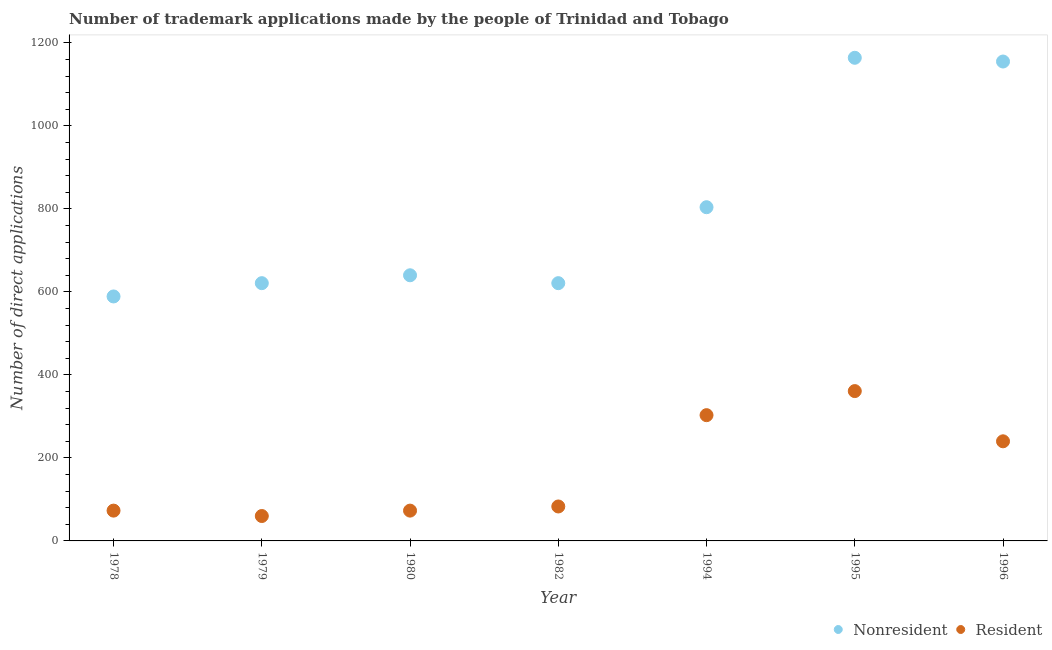
| Year | Nonresident | Resident |
 | --- | --- | --- |
 | 1978 | 589 | 73 |
 | 1979 | 621 | 60 |
 | 1980 | 640 | 73 |
 | 1982 | 621 | 83 |
 | 1994 | 804 | 303 |
 | 1995 | 1.16e+03 | 361 |
 | 1996 | 1.16e+03 | 240 |